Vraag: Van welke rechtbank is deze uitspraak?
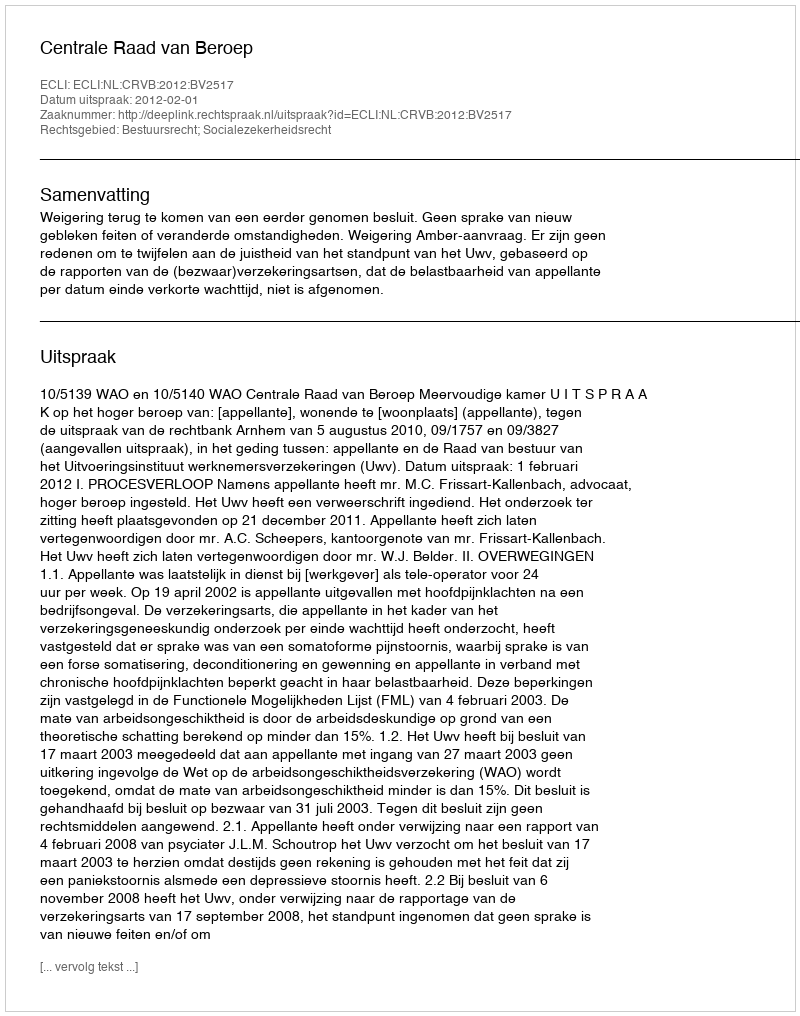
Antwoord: Centrale Raad van Beroep